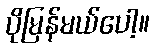
ပိုမြန်မယ်ပေါ့။